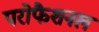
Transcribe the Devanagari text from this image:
परोफैशनल